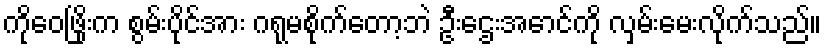
ကိုဝေဖြိုးက စွမ်းပိုင်အား ဂရုမစိုက်တော့ဘဲ ဦးဌေးအောင်ကို လှမ်းမေးလိုက်သည်။